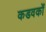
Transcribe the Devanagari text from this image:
कडवकों